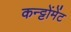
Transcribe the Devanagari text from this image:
कन्ट्टोंमेंट